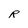
Character: R